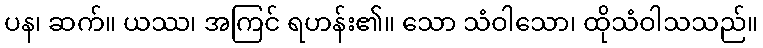
ပန၊ ဆက်။ ယဿ၊ အကြင် ရဟန်း၏။ သော သံဝါသော၊ ထိုသံဝါသသည်။